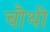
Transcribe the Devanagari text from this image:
चाैथी